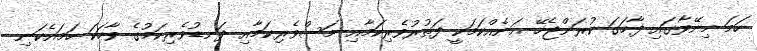
ހަމަ މިނޭވާގައި ފާހަގަ ކުރަންޖެހޭ އަނެއްކަމަކީ ފަތުރުވެރިކަމާއި މަސްވެރިކަމާއި ދަނޑުވެރިކަމުގެ ވާހަކަ ހަމައެކަނި